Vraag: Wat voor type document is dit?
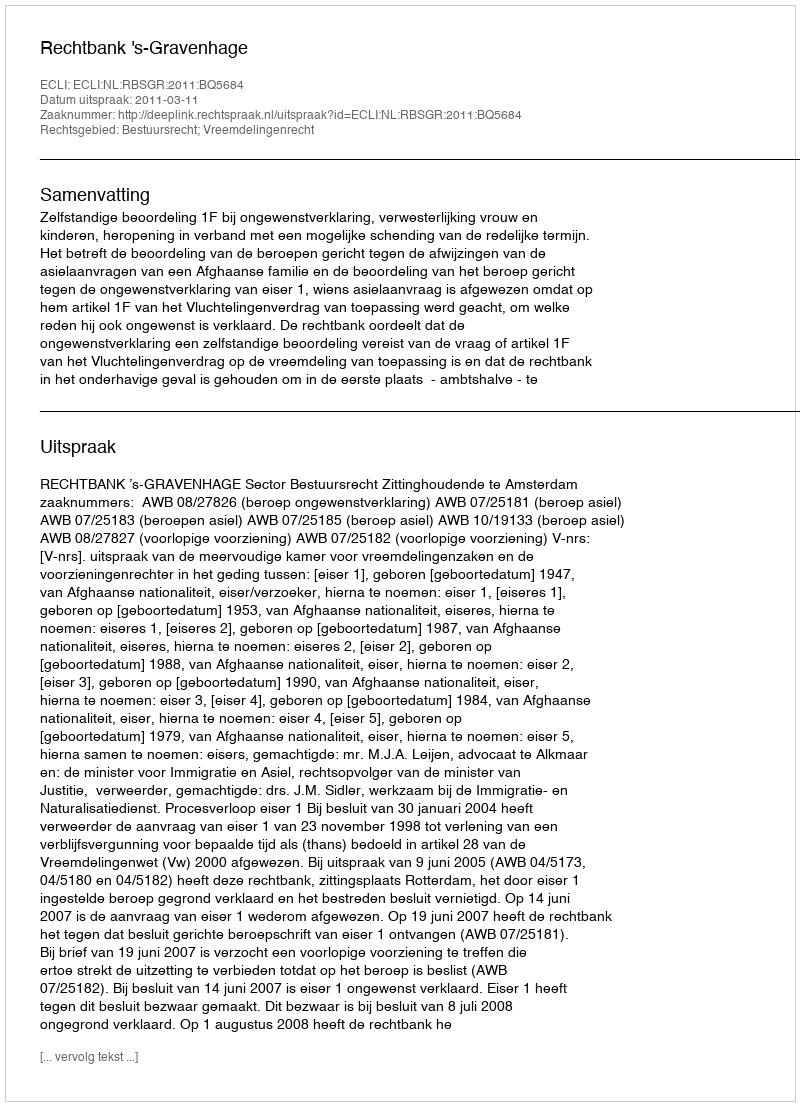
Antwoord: Uitspraak